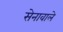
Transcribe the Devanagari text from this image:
सेनावाले